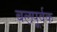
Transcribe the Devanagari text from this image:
बल़पूर्वक